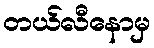
တယ်လီနောမှ